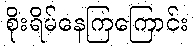
စိုးရိမ်နေကြကြောင်း